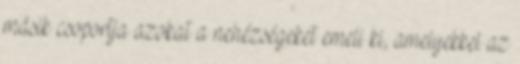
másik csoportja azokat a nehézségeket emeli ki, amelyekkel az